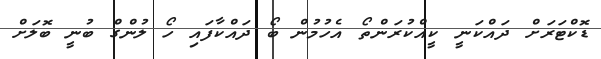
ޑޮކްޓަރަށް ދައްކަނީ ކީއްކުރަންތޯ އެހުމުން ބޯ ދައްކާފައި ހޯ ލުންގް ބުނީ ބޮލަށް